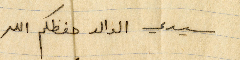
سيدي الوالد حفظكم الله